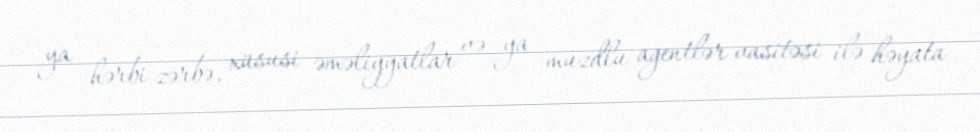
ya hərbi zərbə, xüsusi əməliyyatlar və ya muzdlu agentlər vasitəsi ilə həyata